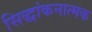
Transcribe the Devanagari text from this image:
सिद्धांकनात्मक